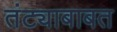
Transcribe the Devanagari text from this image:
तंट्याबाबत